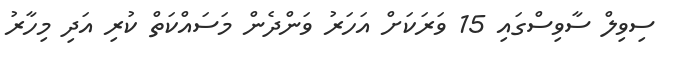
ސިވިލް ސާވިސްގައި 15 ވަރަކަށް އަހަރު ވަންދެން މަސައްކަތް ކުރި އަދި މިހާރު